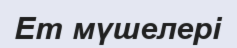
Ет мүшелері